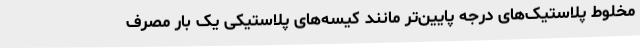
مخلوط پلاستیک‌های درجه پایین‌تر مانند کیسه‌های پلاستیکی یک بار مصرف